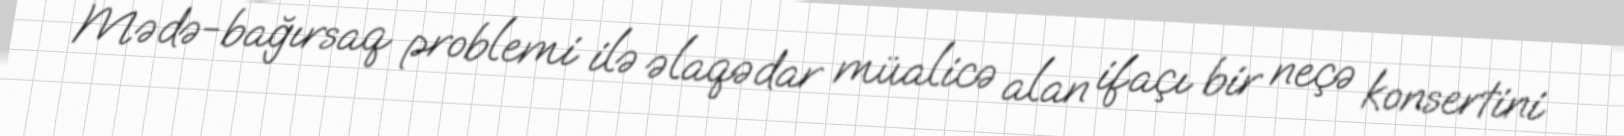
Mədə-bağırsaq problemi ilə əlaqədar müalicə alan ifaçı bir neçə konsertini